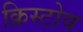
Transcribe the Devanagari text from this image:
क्रिस्टोव